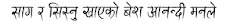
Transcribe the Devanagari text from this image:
साग र सिस्नु खाएको बेश आनन्दी मनले